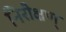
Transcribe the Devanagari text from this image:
निरीक्षण्